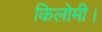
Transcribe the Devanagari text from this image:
किलोमी।